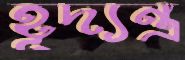
হূদ্যন্ত্র